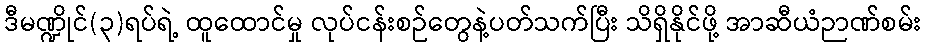
ဒီမဏ္ဍိုင်(၃)ရပ်ရဲ့ ထူထောင်မှု လုပ်ငန်းစဉ်တွေနဲ့ပတ်သက်ပြီး သိရှိနိုင်ဖို့ အာဆီယံဉာဏ်စမ်း